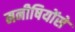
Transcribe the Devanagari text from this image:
मनीषियोंसे